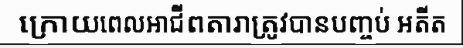
ក្រោយពេលអាជីពតារាត្រូវបានបញ្ចប់ អតីត